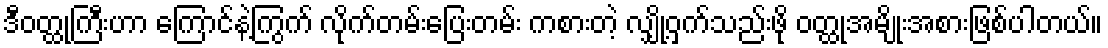
ဒီဝတ္ထုကြီးဟာ ကြောင်နဲ့ကြွက် လိုက်တမ်းပြေးတမ်း ကစားတဲ့ လျှို့ဝှက်သည်းဖို ဝတ္ထုအမျိုးအစားဖြစ်ပါတယ်။